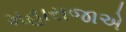
મહારાજાએ